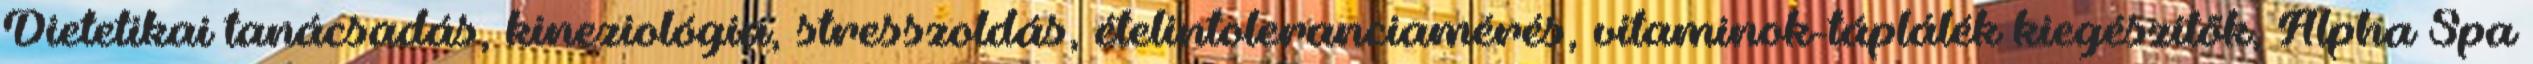
Dietetikai tanácsadás, kineziológia, stresszoldás, ételintoleranciamérés, vitaminok-táplálék kiegészítõk, Alpha Spa